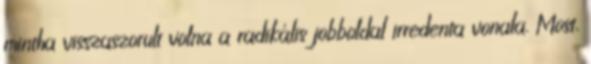
mintha visszaszorult volna a radikális jobboldal irredenta vonala. Most,